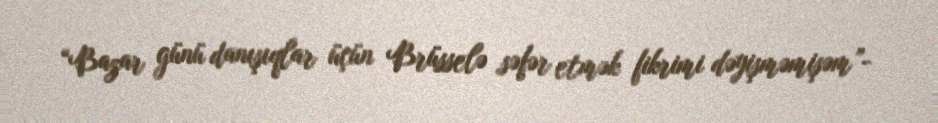
“Bazar günü danışıqlar üçün Brüsselə səfər etmək fikrimi dəyişməmişəm”-